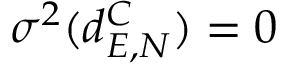
\sigma ^ { 2 } ( d _ { E , N } ^ { C } ) = 0